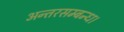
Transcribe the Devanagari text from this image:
अन्तरसम्बन्ध।